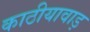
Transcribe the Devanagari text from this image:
काठीयावाड़